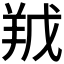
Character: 𮊥